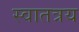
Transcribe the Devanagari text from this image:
स्वातत्रय